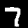
Digit: 7